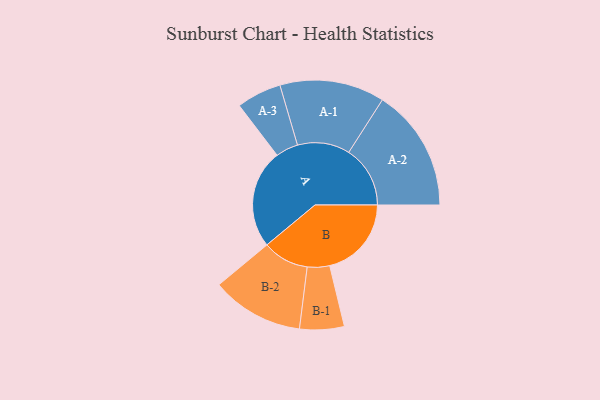
{"axis": {"x": "Segment", "y": "Value"}, "legend": ["", "A", "B"], "data": [{"x": "A", "y": 462, "type": ""}, {"x": "B", "y": 382, "type": ""}, {"x": "A-1", "y": 245, "type": "A"}, {"x": "A-2", "y": 287, "type": "A"}, {"x": "A-3", "y": 105, "type": "A"}, {"x": "B-1", "y": 104, "type": "B"}, {"x": "B-2", "y": 216, "type": "B"}]}